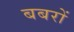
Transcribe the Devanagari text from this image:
बबरों